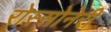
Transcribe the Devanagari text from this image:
रोस्सोनेरी